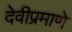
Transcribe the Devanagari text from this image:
देवीप्रमाणे